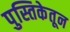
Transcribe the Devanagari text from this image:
पुस्तिकेतून